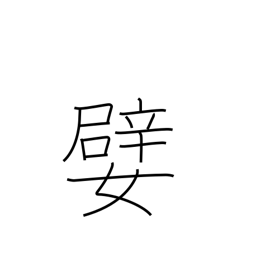
Meaning: agreeable person